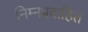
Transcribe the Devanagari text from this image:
निम्नप्रवाहित